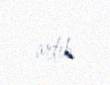
artıb.